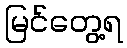
မြင်တွေ့ရ